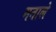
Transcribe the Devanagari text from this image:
मताले